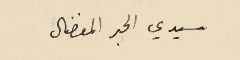
سيدي الحبر المفضال